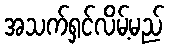
အသက်ရှင်လိမ့်မည်